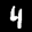
Label: 4